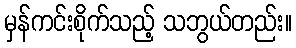
မှန်ကင်းစိုက်သည့် သဘွယ်တည်း။